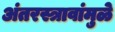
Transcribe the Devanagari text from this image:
अंतरस्त्रावांमुळे